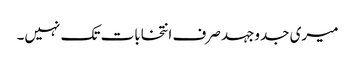
میری جدوجہد صرف انتخابات تک نہیں۔